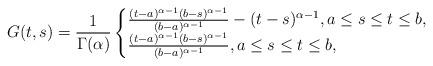
LaTeX: \begin{align*}G(t,s)=\frac{1}{\Gamma(\alpha)}\begin{cases}\frac{(t-a)^{\alpha -1}(b-s)^{\alpha -1}}{(b-a)^{\alpha -1}}-(t-s)^{\alpha-1},a\leq s\leq t\leq b, \\\frac{(t-a)^{\alpha -1}(b-s)^{\alpha -1}}{(b-a)^{\alpha -1}},a\leq s\leq t\leq b,\end{cases}\end{align*}